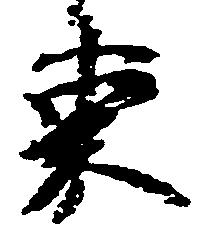
束